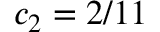
c _ { 2 } = 2 / 1 1